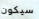
سيكون